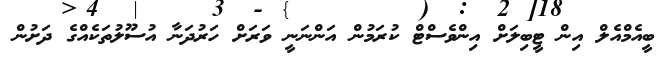
ބީއެމްއެލް އިން ޓީބިލަށް އިންވެސްޓް ކުރަމުން އަންނަނީ ވަރަށް ހަރުދަނާ އުސޫލުތަކެއްގެ ދަށުން